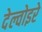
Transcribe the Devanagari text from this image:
देल्वोइरे